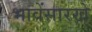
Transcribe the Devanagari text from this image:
भावेंसारखे